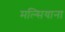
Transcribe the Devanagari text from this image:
मल्सियाना